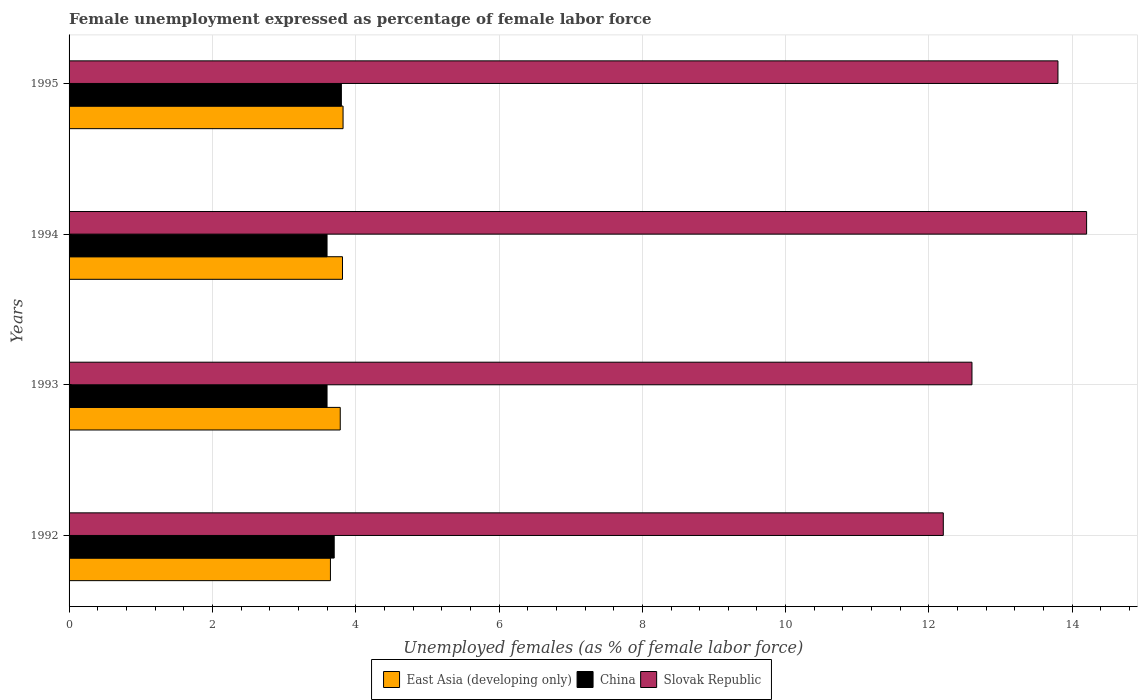
| Years | East Asia (developing only) | China | Slovak Republic |
 | --- | --- | --- | --- |
 | 1992 | 3.65 | 3.7 | 12.2 |
 | 1993 | 3.78 | 3.6 | 12.6 |
 | 1994 | 3.82 | 3.6 | 14.2 |
 | 1995 | 3.82 | 3.8 | 13.8 |